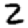
Digit: 2